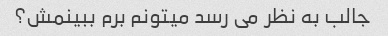
جالب به نظر می رسد میتونم برم ببینمش؟